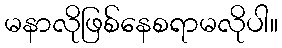
မနာလိုဖြစ်နေစရာမလိုပါ။